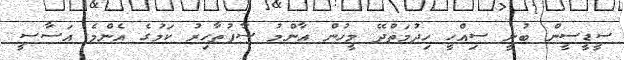
ސީޑީސީން ބުނީ ސިއްހީ ހިދުމަތްދޭ މީހުން އާންމު ސާފުތާހިރު ކަމުގެ އެންމެ އަސާސީ